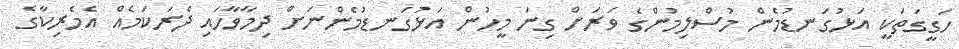
ހަގީގަތަކީ އަޅުގަނޑުމެން މުސްލިމުންގެ ވަރަށް ގިނަ މީހުން އަޅުގަނޑުމެންނަށް ދިމާވާހައި ދެރަކަމެއް އެމެރިކާގެ